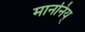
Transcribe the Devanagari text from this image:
माननिय्